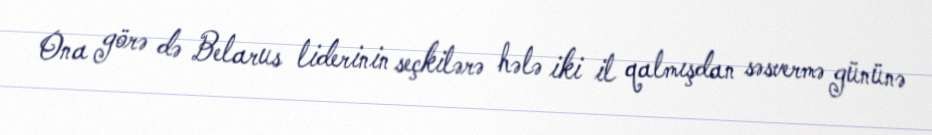
Ona görə də Belarus liderinin seçkilərə hələ iki il qalmışdan səsvermə gününə